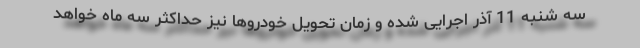
سه شنبه 11 آذر اجرایی شده و زمان تحویل خودروها نیز حداکثر سه ماه خواهد